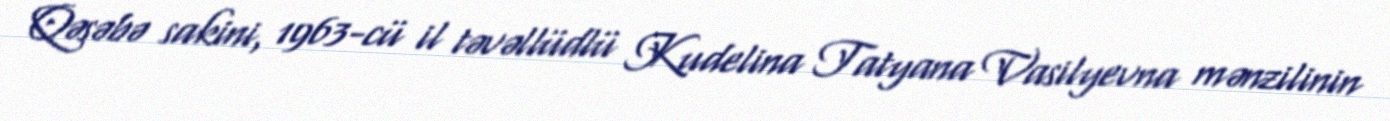
Qəsəbə sakini, 1963-cü il təvəllüdlü Kudelina Tatyana Vasilyevna mənzilinin